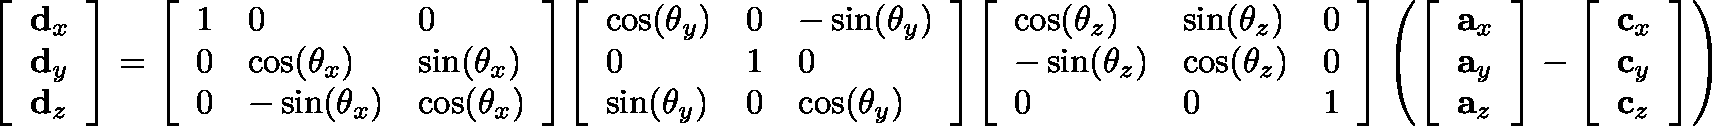
{ \left[ \begin{array} { l } { \mathbf { d } _ { x } } \\ { \mathbf { d } _ { y } } \\ { \mathbf { d } _ { z } } \end{array} \right] } = { \left[ \begin{array} { l l l } { 1 } & { 0 } & { 0 } \\ { 0 } & { \cos ( \mathbf { \theta } _ { x } ) } & { \sin ( \mathbf { \theta } _ { x } ) } \\ { 0 } & { - \sin ( \mathbf { \theta } _ { x } ) } & { \cos ( \mathbf { \theta } _ { x } ) } \end{array} \right] } { \left[ \begin{array} { l l l } { \cos ( \mathbf { \theta } _ { y } ) } & { 0 } & { - \sin ( \mathbf { \theta } _ { y } ) } \\ { 0 } & { 1 } & { 0 } \\ { \sin ( \mathbf { \theta } _ { y } ) } & { 0 } & { \cos ( \mathbf { \theta } _ { y } ) } \end{array} \right] } { \left[ \begin{array} { l l l } { \cos ( \mathbf { \theta } _ { z } ) } & { \sin ( \mathbf { \theta } _ { z } ) } & { 0 } \\ { - \sin ( \mathbf { \theta } _ { z } ) } & { \cos ( \mathbf { \theta } _ { z } ) } & { 0 } \\ { 0 } & { 0 } & { 1 } \end{array} \right] } \left( { { \left[ \begin{array} { l } { \mathbf { a } _ { x } } \\ { \mathbf { a } _ { y } } \\ { \mathbf { a } _ { z } } \end{array} \right] } - { \left[ \begin{array} { l } { \mathbf { c } _ { x } } \\ { \mathbf { c } _ { y } } \\ { \mathbf { c } _ { z } } \end{array} \right] } } \right)